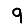
Digit: 9